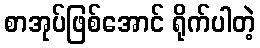
စာအုပ်ဖြစ်အောင် ရိုက်ပါတဲ့